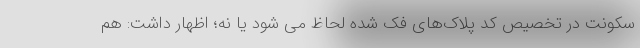
سکونت در تخصیص کد پلاک‌های فک شده لحاظ می شود یا نه؛ اظهار داشت: هم